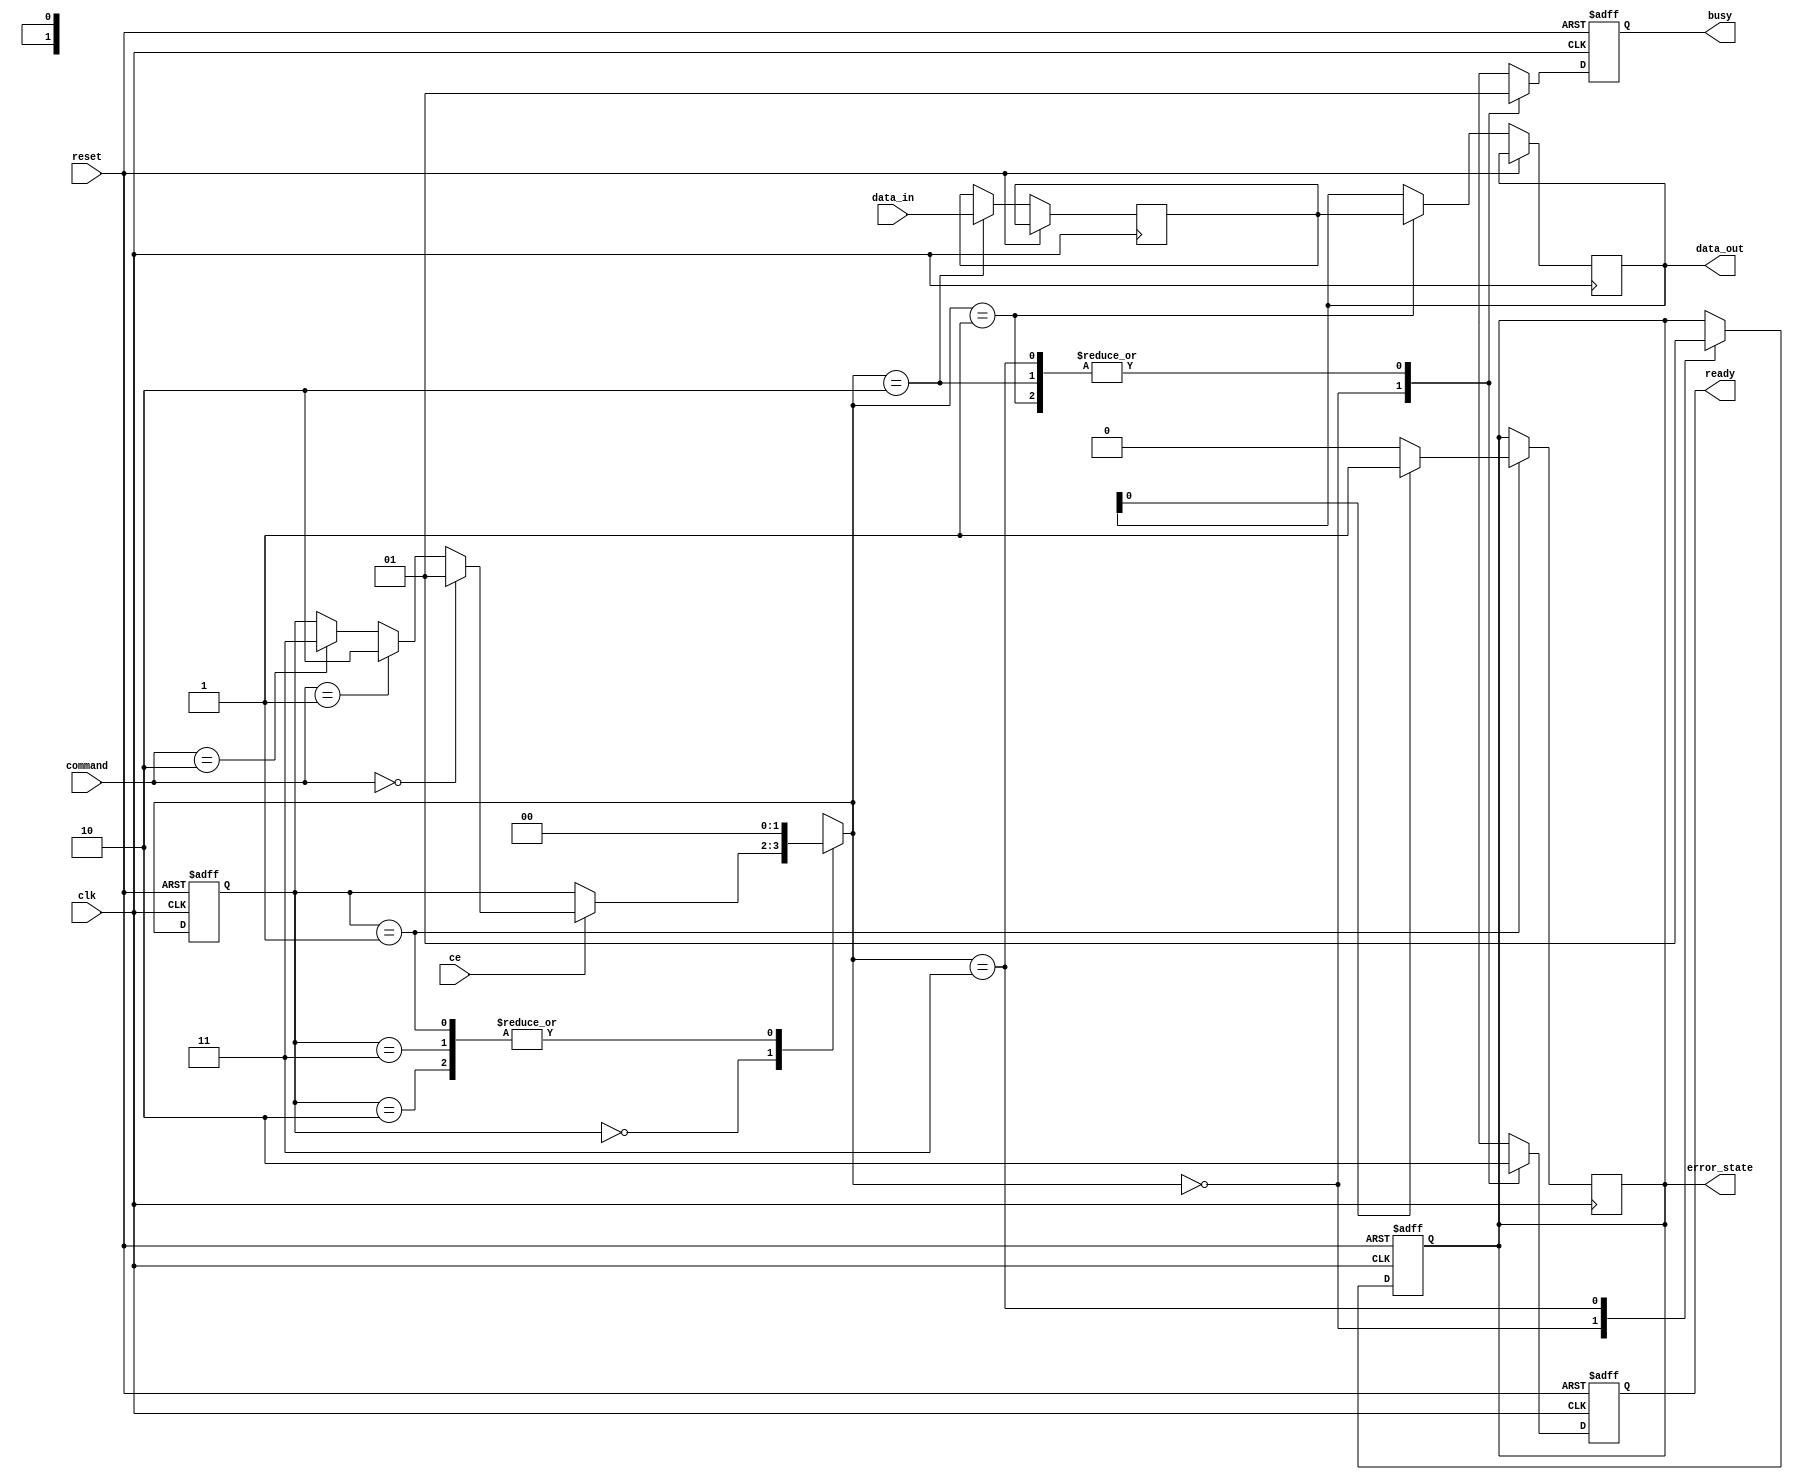
module TLC_NAND_IO_Block (
    input wire clk,              // Main clock
    input wire reset,            // Asynchronous reset
    input wire [7:0] data_in,    // Data input from external controller
    input wire [2:0] command,     // Command input (e.g., 000: Read, 001: Write, 010: Erase)
    input wire ce,               // Chip Enable
    output reg [7:0] data_out,    // Data output to external controller
    output reg busy,             // Indicates busy state
    output reg ready,            // Indicates ready state
    output reg error_state       // Indicates an error state
);

    // State Definitions
    localparam IDLE    = 2'b00;
    localparam READ    = 2'b01;
    localparam WRITE   = 2'b10;
    localparam ERASE   = 2'b11;

    reg [1:0] state, next_state;
    reg [7:0] data_latch;      // Temporary data storage for read/write

    // Command Decoder
    always @(*) begin
        next_state = state; // Default to hold current state
        case (state)
            IDLE: begin
                if (ce) begin
                    if (command == 3'b000) // Read
                        next_state = READ;
                    else if (command == 3'b001) // Write
                        next_state = WRITE;
                    else if (command == 3'b010) // Erase
                        next_state = ERASE;
                end
            end
            READ: next_state = IDLE; // Assume read completes immediately for this example
            WRITE: next_state = IDLE; // Assume write completes immediately for this example
            ERASE: next_state = IDLE; // Assume erase completes immediately for this example
        endcase
    end

    // State Machine
    always @(posedge clk or posedge reset) begin
        if (reset) begin
            state <= IDLE;
            busy <= 0;
            ready <= 1;
            error_state <= 0;
        end else begin
            state <= next_state;
            case (next_state)
                IDLE: begin
                    busy <= 0;
                    ready <= 1;
                    error_state <= 0;
                end
                READ: begin
                    busy <= 1;
                    ready <= 0;
                    // Simulating data read from NAND cell
                    data_out <= data_latch; // Data would be read from memory
                end
                WRITE: begin
                    busy <= 1;
                    ready <= 0;
                    // Simulating data write to NAND cell
                    data_latch <= data_in; // Data would be written to memory
                end
                ERASE: begin
                    busy <= 1;
                    ready <= 0;
                    // Simulating a potential error condition
                    // Here, we just toggle error_state for demonstration purposes
                    error_state <= 1; // Assuming error occurs during erase
                end
            endcase
        end
    end

    // Error Correction Interface (Simplified)
    always @(posedge clk) begin
        if (state == READ) begin
            // Simplified ECC check (add actual ECC logic in real implementation)
            // For example, if the data read had an error, we would set error_state
            if (data_out[0]) // Just an example check, needs proper ECC logic
                error_state <= 1;
            else
                error_state <= 0;
        end
    end

endmodule